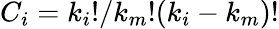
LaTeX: C_{i}={k_{i}!}/{{k_{m}!}{(k_{i}-k_{m})!}}